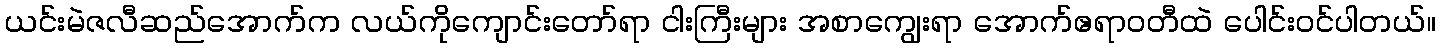
ယင်းမဲဇလီဆည်အောက်က လယ်ကိုကျောင်းတော်ရာ ငါးကြီးများ အစာကျွေးရာ အောက်ဧရာဝတီထဲ ပေါင်းဝင်ပါတယ်။